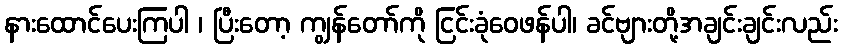
နားထောင်ပေးကြပါ ၊ ပြီးတော့ ကျွန်တော်ကို ငြင်းခုံဝေဖန်ပါ၊ ခင်ဗျားတို့အချင်းချင်းလည်း